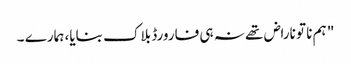
" ہم نا تو ناراض تھے نہ ہی فارورڈ بلاک بنایا، ہمارے ۔